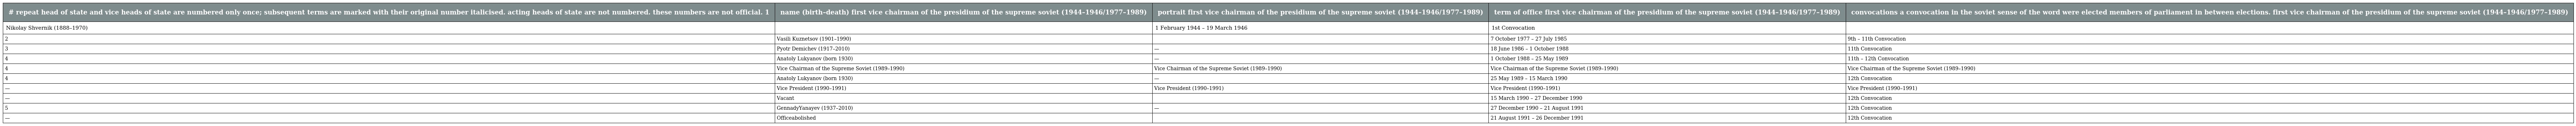
| # repeat head of state and vice heads of state are numbered only once; subsequent terms are marked with their original number italicised. acting heads of state are not numbered. these numbers are not official. 1 | name (birth–death) first vice chairman of the presidium of the supreme soviet (1944–1946/1977–1989) | portrait first vice chairman of the presidium of the supreme soviet (1944–1946/1977–1989) | term of office first vice chairman of the presidium of the supreme soviet (1944–1946/1977–1989) | convocations a convocation in the soviet sense of the word were elected members of parliament in between elections. first vice chairman of the presidium of the supreme soviet (1944–1946/1977–1989) |
 | --- | --- | --- | --- | --- |
 | Nikolay Shvernik (1888–1970) |  | 1 February 1944 – 19 March 1946 | 1st Convocation |  |
 | 2 | Vasili Kuznetsov (1901–1990) |  | 7 October 1977 – 27 July 1985 | 9th – 11th Convocation |
 | 3 | Pyotr Demichev (1917–2010) | — | 18 June 1986 – 1 October 1988 | 11th Convocation |
 | 4 | Anatoly Lukyanov (born 1930) | — | 1 October 1988 – 25 May 1989 | 11th – 12th Convocation |
 | 4 | Vice Chairman of the Supreme Soviet (1989–1990) | Vice Chairman of the Supreme Soviet (1989–1990) | Vice Chairman of the Supreme Soviet (1989–1990) | Vice Chairman of the Supreme Soviet (1989–1990) |
 | 4 | Anatoly Lukyanov (born 1930) | — | 25 May 1989 – 15 March 1990 | 12th Convocation |
 | — | Vice President (1990–1991) | Vice President (1990–1991) | Vice President (1990–1991) | Vice President (1990–1991) |
 | — | Vacant |  | 15 March 1990 – 27 December 1990 | 12th Convocation |
 | 5 | GennadyYanayev (1937–2010) | — | 27 December 1990 – 21 August 1991 | 12th Convocation |
 | — | Officeabolished |  | 21 August 1991 – 26 December 1991 | 12th Convocation |